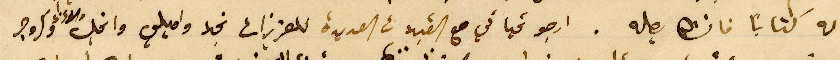
له كتابًا فانشالله يصله. ارجو تحياتي مع القبلات العديدة للعزيزات نجلا واميلي وانجل وكروجر